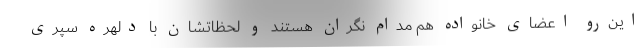
این‌رو اعضای خانواده هم مدام نگران هستند و لحظاتشان با دلهره سپری